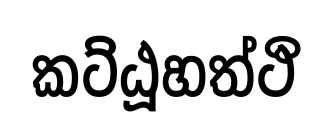
කට්ඨූහත්ථි